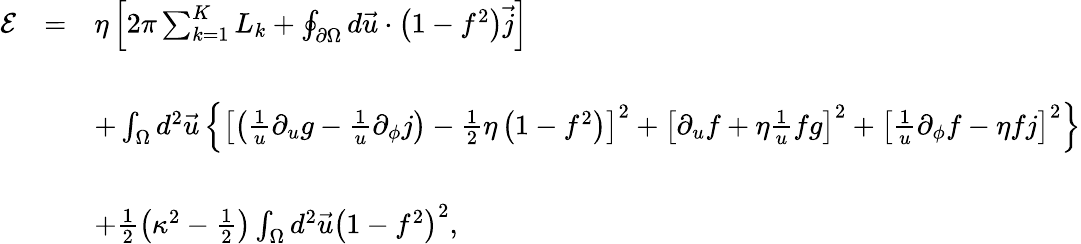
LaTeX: \begin{array}{rcl}{{{\cal E}}}&{{=}}&{{\eta\left[2\pi\sum_{k=1}^{K}L_{k}+\oint_{\partial\Omega}d\vec{u}\cdot\left(1-f^{2}\right)\vec{j}\right]}}\\ {{}}&{{}}&{{}}\\ {{}}&{{}}&{{+\int_{\Omega}d^{2}\vec{u}\left\{ \left[\left(\frac{1}{u}\partial_{u}g-\frac{1}{u}\partial_{\phi}j\right)-\frac{1}{2}\eta\left(1-f^{2}\right)\right]^{2}+\left[\partial_{u}f+\eta\frac{1}{u}fg\right]^{2}+\left[\frac{1}{u}\partial_{\phi}f-\eta fj\right]^{2}\right\} }}\\ {{}}&{{}}&{{}}\\ {{}}&{{}}&{{+\frac{1}{2}\left(\kappa^{2}-\frac{1}{2}\right)\int_{\Omega}d^{2}\vec{u}\left(1-f^{2}\right)^{2},}}\end{array}